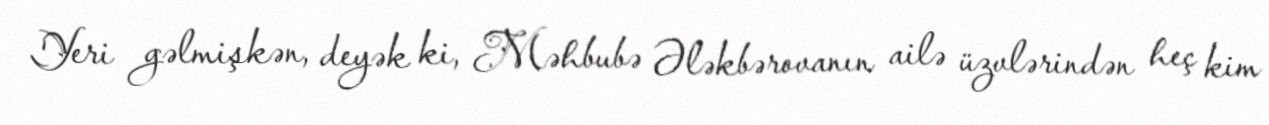
Yeri gəlmişkən, deyək ki, Məhbubə Ələkbərovanın ailə üzvlərindən heç kim